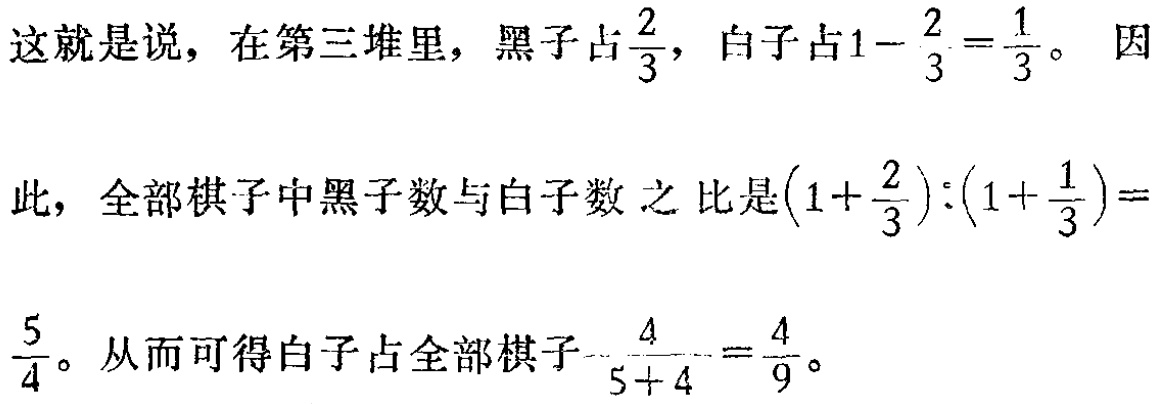
这就是说，在第三堆里，黑子占$\frac{2}{3}$，白子占$1 - \frac{2}{3} = \frac{1}{3}$。 因

此，全部棋子中黑子数与白子数 之比是$(1+\frac{2}{3}):(1+\frac{1}{3}) = \frac{5}{4}$。从而可得白子占全部棋子$\frac{4}{5 + 4} = \frac{4}{9}$。